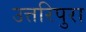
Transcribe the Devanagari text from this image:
उत्तरिपुरा